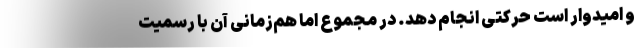
و امیدوار است حرکتی انجام دهد. در مجموع اما هم‌زمانیِ آن با رسمیت